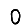
Digit: 0